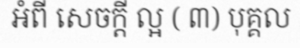
អំពី សេចក្តី ល្អ ( ៣) បុគ្គល